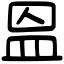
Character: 𥁕